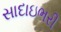
સાદાઇભરી